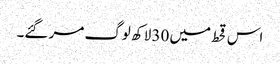
اس قحط میں 30 لاکھ لوگ مر گئے۔